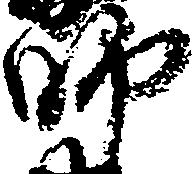
師